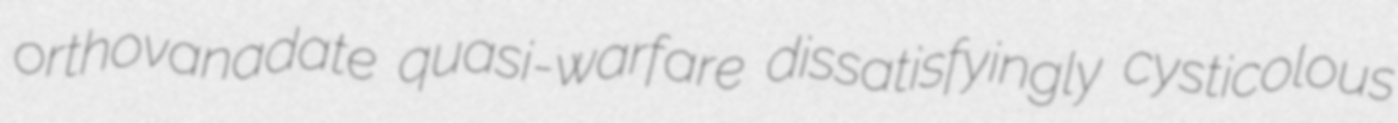
orthovanadate quasi-warfare dissatisfyingly cysticolous